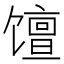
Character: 𫗴